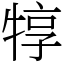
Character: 犉